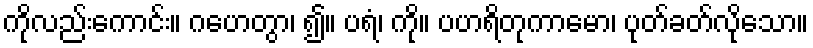
ကိုလည်းကောင်း။ ဂဟေတွာ၊ ၍။ ပရံ၊ ကို။ ပဟရိတုကာမော၊ ပုတ်ခတ်လိုသော။